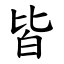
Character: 皆